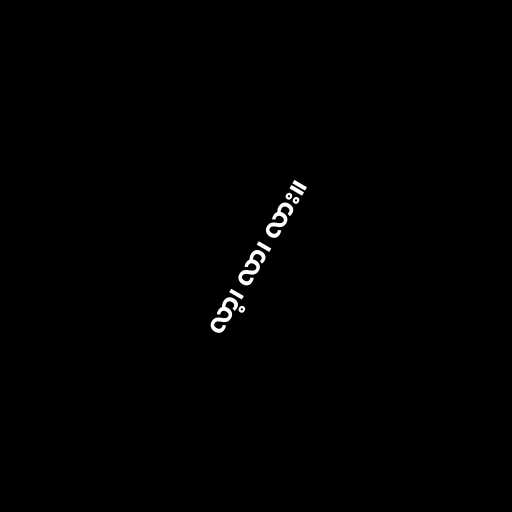
လာ့၊ လာ၊ လား။